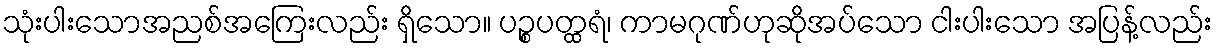
သုံးပါးသောအညစ်အကြေးလည်း ရှိသော။ ပဉ္စပတ္ထရံ၊ ကာမဂုဏ်ဟုဆိုအပ်သော ငါးပါးသော အပြန့်လည်း